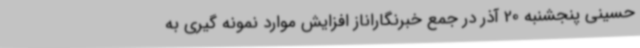
حسینی پنجشنبه 20 آذر در جمع خبرنگاراناز افزایش موارد نمونه گیری به